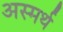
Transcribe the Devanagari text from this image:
अस्मर्थ